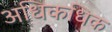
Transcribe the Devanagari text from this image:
अधिकधिक